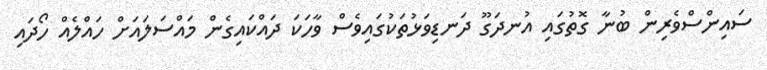
ސައިންސްވެރިން ބުނާ ގޮތުގައި އުނދަގޫ ދަނޑިވަޅުތަކުގައިވެސް ވާހަކަ ދައްކައިގެން މައްސަލައަށް ހައްލެއް ހޯދައި